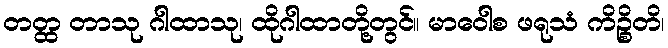
တတ္ထ တာသု ဂါထာသု၊ ထိုဂါထာတို့တွင်။ မာဝေါစ ဖရုသံ ကိဉ္စိတိ၊